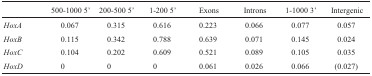
<table><thead><tr><td></td><td><b>500-1000 5&#x27;</b></td><td><b>200-500 5&#x27;</b></td><td><b>1-200 5&#x27;</b></td><td><b>Exons</b></td><td><b>Introns</b></td><td><b>1-1000 3&#x27;</b></td><td><b>Intergenic</b></td></tr></thead><tbody><tr><td><i>HoxA</i></td><td>0.067</td><td>0.315</td><td>0.616</td><td>0.223</td><td>0.066</td><td>0.077</td><td>0.057</td></tr><tr><td><i>HoxB</i></td><td>0.115</td><td>0.342</td><td>0.788</td><td>0.639</td><td>0.071</td><td>0.145</td><td>0.024</td></tr><tr><td><i>HoxC</i></td><td>0.104</td><td>0.202</td><td>0.609</td><td>0.521</td><td>0.089</td><td>0.105</td><td>0.035</td></tr><tr><td><i>HoxD</i></td><td>0</td><td>0</td><td>0</td><td>0.061</td><td>0.026</td><td>0.066</td><td>(0.027)</td></tr></tbody></table>